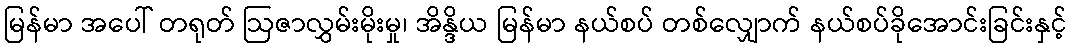
မြန်မာ အပေါ် တရုတ် ဩဇာလွှမ်းမိုးမှု၊ အိန္ဒိယ မြန်မာ နယ်စပ် တစ်လျှောက် နယ်စပ်ခိုအောင်းခြင်းနှင့်